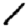
Digit: 1